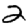
Digit: 2